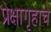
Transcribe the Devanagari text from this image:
प्रेक्षागृहाचे